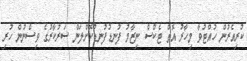
ކުރިއެރުން ހުއްޓުވާ މިހާރު އޮތް ޓެކްސް ނިޒާމު ފުނޑުފުނޑުކޮށްލަން ސަރުކާރުގެ ވިސްނުން ހުރި